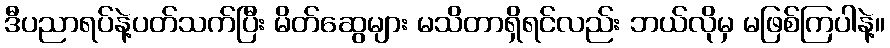
ဒီပညာရပ်နဲ့ပတ်သက်ပြီး မိတ်ဆွေများ မသိတာရှိရင်လည်း ဘယ်လိုမှ မဖြစ်ကြပါနဲ့။